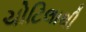
ચોટિલાથી